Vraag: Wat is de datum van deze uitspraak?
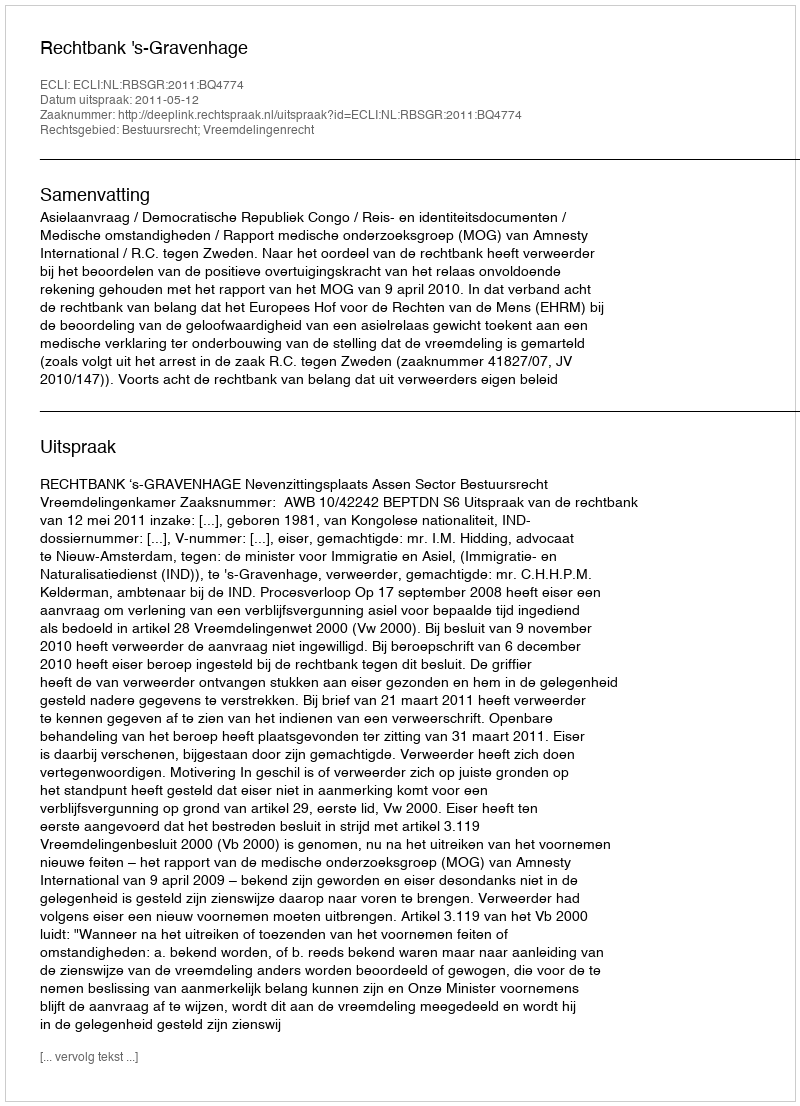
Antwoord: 2011-05-12